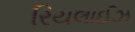
રિયલાઈઝ